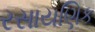
રસાયણિક